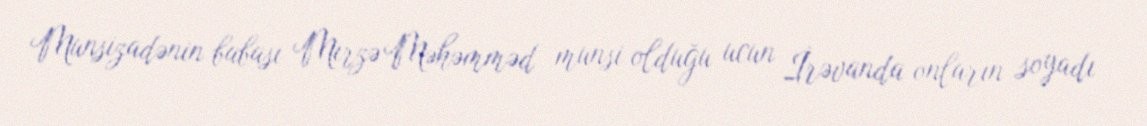
Munsizadənin babası Mirzə Məhəmməd munsi olduğu ucun İrəvanda onların soyadı